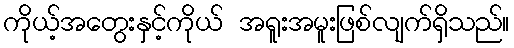
ကိုယ့်အတွေးနှင့်ကိုယ် အရူးအမူးဖြစ်လျက်ရှိသည်။